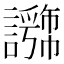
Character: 𧭕